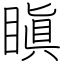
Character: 瞋